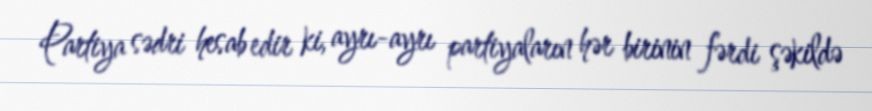
Partiya sədri hesab edir ki, ayrı-ayrı partiyaların hər birinin fərdi şəkildə